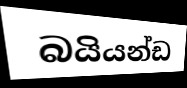
බයියන්ඩ